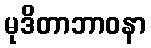
မုဒိတာဘာဝနာ